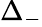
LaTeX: \Delta_{-}